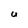
Character: U